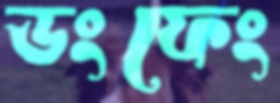
ডংফেং